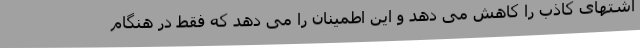
اشتهای کاذب را کاهش می دهد و این اطمینان را می دهد که فقط در هنگام